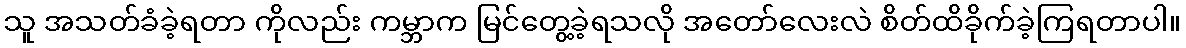
သူ အသတ်ခံခဲ့ရတာ ကိုလည်း ကမ္ဘာက မြင်တွေ့ခဲ့ရသလို အတော်လေးလဲ စိတ်ထိခိုက်ခဲ့ကြရတာပါ။